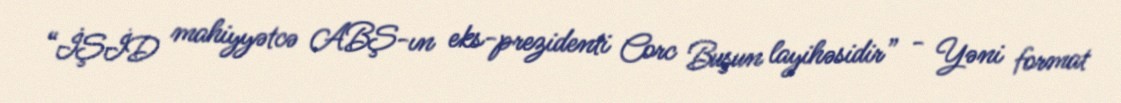
“İŞİD mahiyyətcə ABŞ-ın eks-prezidenti Corc Buşun layihəsidir” - Yəni format